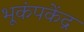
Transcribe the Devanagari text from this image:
भूकंपकेंद्र